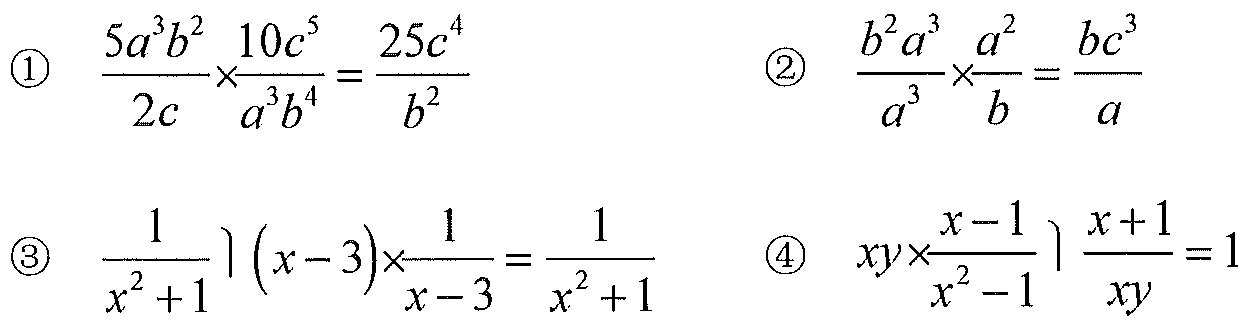
\textcircled{1} \(\frac{5a^{3}b^{2}}{2c}\times\frac{10c^{5}}{a^{3}b^{4}}=\frac{25c^{4}}{b^{2}}\)
\textcircled{2} \(\frac{b^{2}a^{3}}{a^{3}}\times\frac{a^{2}}{b}=\frac{bc^{3}}{a}\)
\textcircled{3} \(\frac{1}{x^{2}+1}(x - 3)\times\frac{1}{x - 3}=\frac{1}{x^{2}+1}\)
\textcircled{4} \(xy\times\frac{x - 1}{x^{2}-1}\frac{x + 1}{xy}=1\)